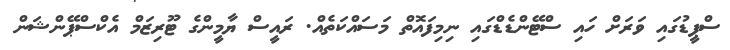
ސްޕީޑުގައި ވަރަށް ހައި ސްޓޭންޑެޑްގައި ނިމިފައޮތް މަސައްކަތެއް. ރައީސް ޔާމީންގެ ޓޫރިޒަމް އެކްސްޕޭންޝަން